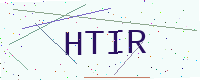
Text: HTIR